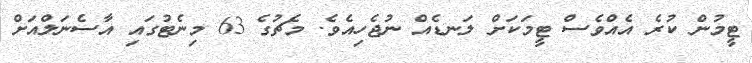
ޓީމުން ކުރެ އެއްވެސް ޓީމަކަށް ލަނޑެއް ނުޖެހިއެވެ. މެޗުގެ 63 މިނެޓުގައި އާސެނަލްއަށް